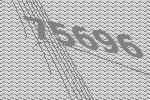
75696